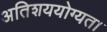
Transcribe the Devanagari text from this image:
अतिशययोग्यता